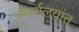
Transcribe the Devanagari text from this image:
कार्यालय़ांत